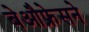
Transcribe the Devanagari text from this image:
बेऔफ्रेसने